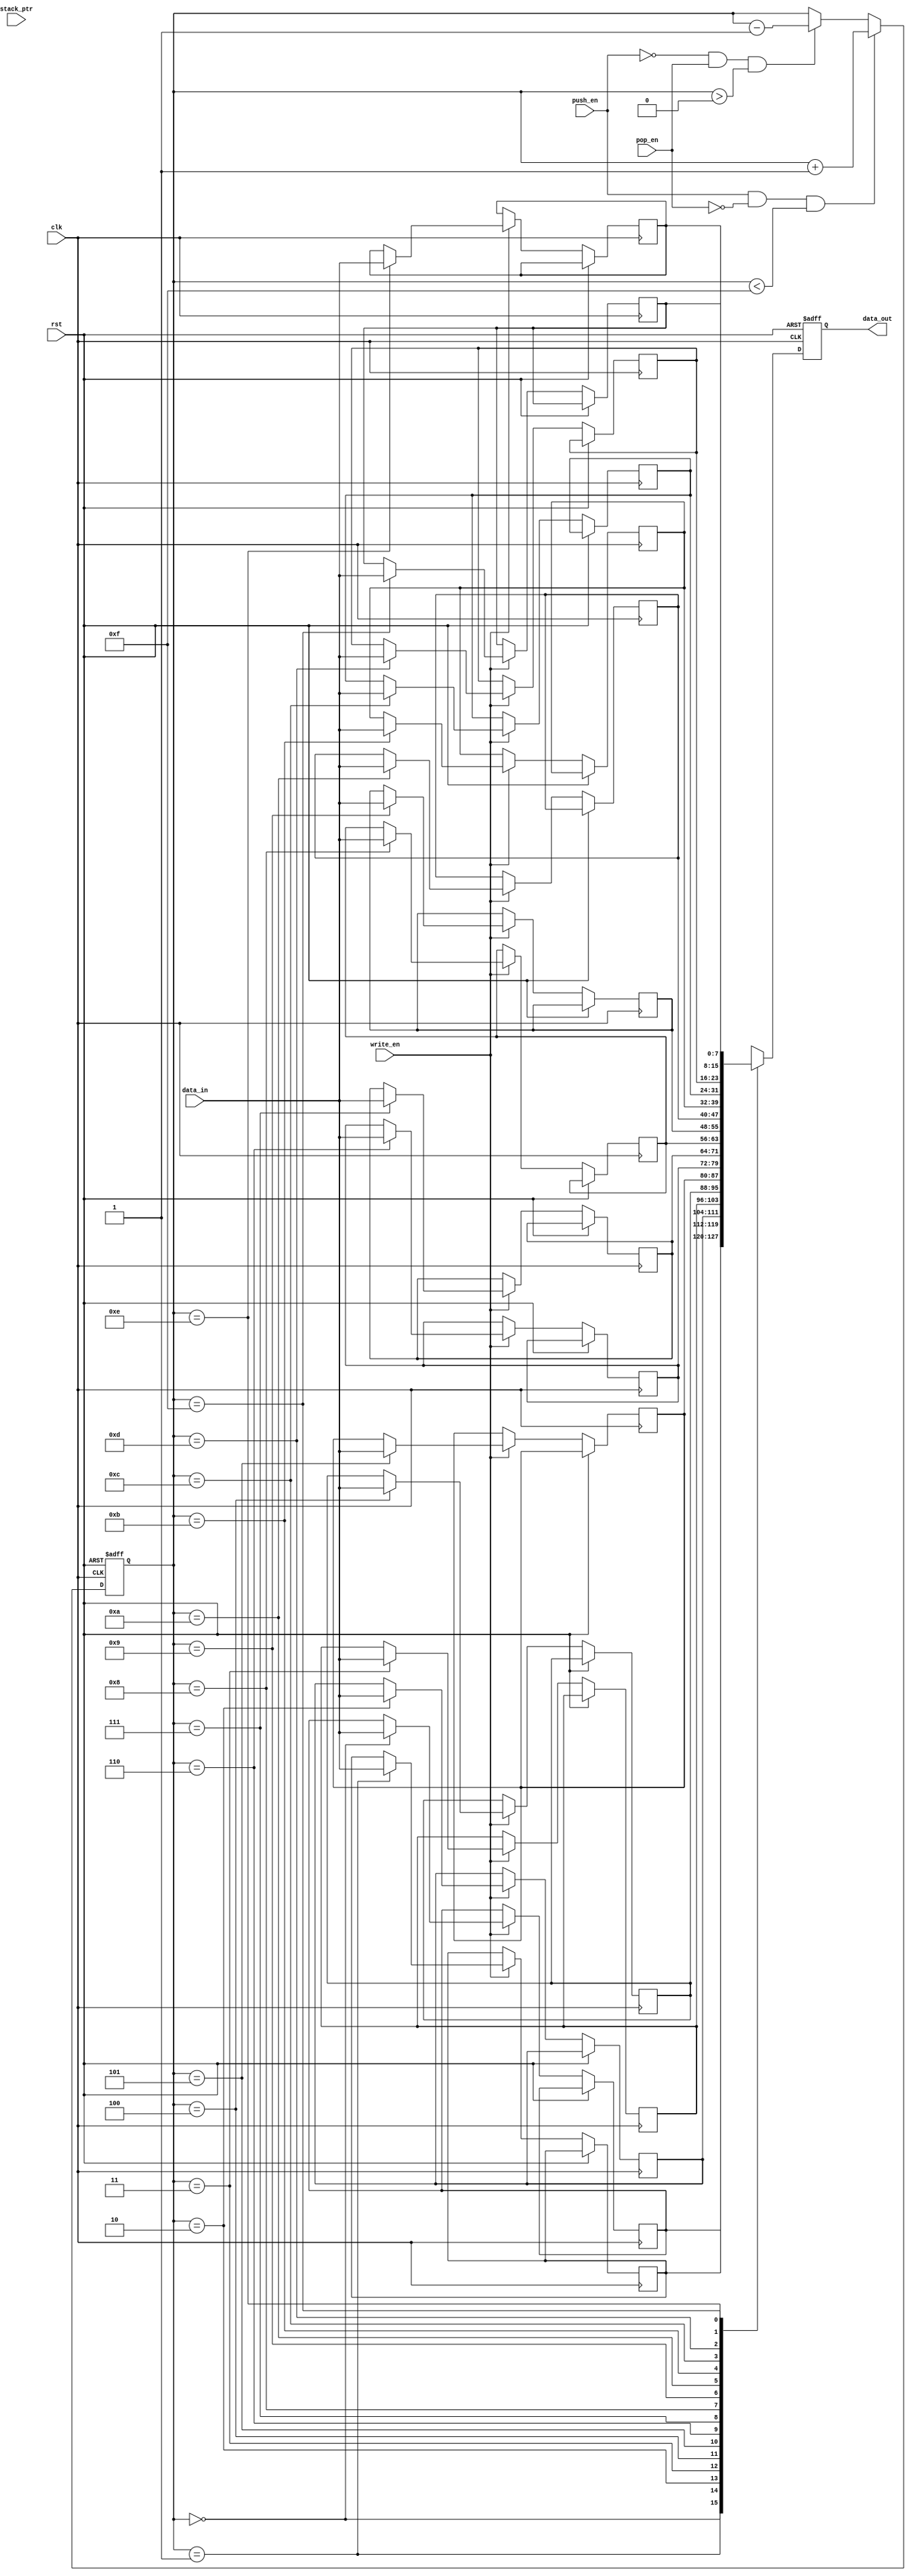
module MemoryBlocksStack (
  input wire clk,
  input wire rst,
  input wire [7:0] data_in,
  input wire write_en,
  input wire [3:0] stack_ptr,
  input wire push_en,
  input wire pop_en,
  output wire [7:0] data_out
);

parameter MEM_DEPTH = 16; // Number of memory blocks in the stack
reg [7:0] memory [0:MEM_DEPTH-1]; // Memory blocks stack

reg [3:0] stack_ptr_reg; // Stack pointer register
reg [7:0] data_out_reg; // Output data register

always @(posedge clk or posedge rst) begin
  if (rst) begin
    stack_ptr_reg <= 4'b0000; // Reset stack pointer
    data_out_reg <= 8'b0; // Reset output data
  end else begin
    // Increment stack pointer for push operation
    if (push_en && !pop_en && stack_ptr_reg < MEM_DEPTH-1) begin
      stack_ptr_reg <= stack_ptr_reg + 1;
    end
    // Decrement stack pointer for pop operation
    else if (!push_en && pop_en && stack_ptr_reg > 0) begin
      stack_ptr_reg <= stack_ptr_reg - 1;
    end
    
    // Write data to memory block
    if (write_en) begin
      memory[stack_ptr_reg] <= data_in;
    end
    
    // Read data from memory block
    data_out_reg <= memory[stack_ptr_reg];
  end
end

assign data_out = data_out_reg;

endmodule